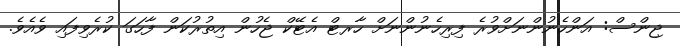
ޖިންސް: އަންހެނުންނަށްވުރެ ފިރިހެނުންނަށް ހާރޓް އެޓޭކް ޖެހުން އިތުރުކަން ފާހަގަ ކުރެވިފައި ވެއެވެ.